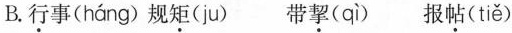
B.行事(háng) 规矩(ju) 带挈(qì) 报帖(tiě)